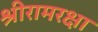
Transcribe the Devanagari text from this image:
श्रीरामरक्षा